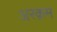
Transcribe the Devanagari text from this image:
अरक़म